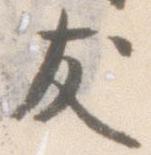
友